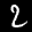
Label: 2